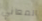
المعاني